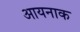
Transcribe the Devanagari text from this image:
आयनाक